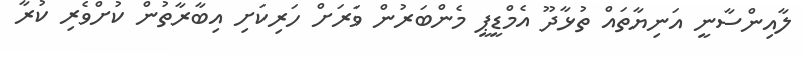
ލާއިންސާނީ އަނިޔާތައް ތުޅާދޫ އެމްޑީޕީ މެންބަރުން ވަރަށް ހަރިކަށި އިބާރާތުން ކުށްވެރި ކުރާ